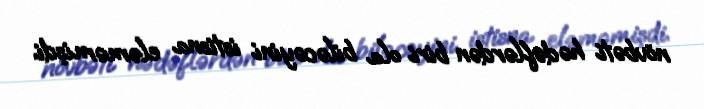
növbəti hədəflərdən biri ola biləcəyini istisna eləməmişdi.